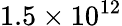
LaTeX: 1.5\times 10^{12}